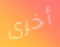
أخرى